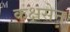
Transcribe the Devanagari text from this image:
कक्षसेन